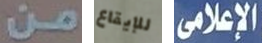
من للإيقاع الإعلامي